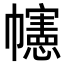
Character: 幰